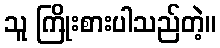
သူ ကြိုးစားပါသည်တဲ့။